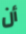
أن